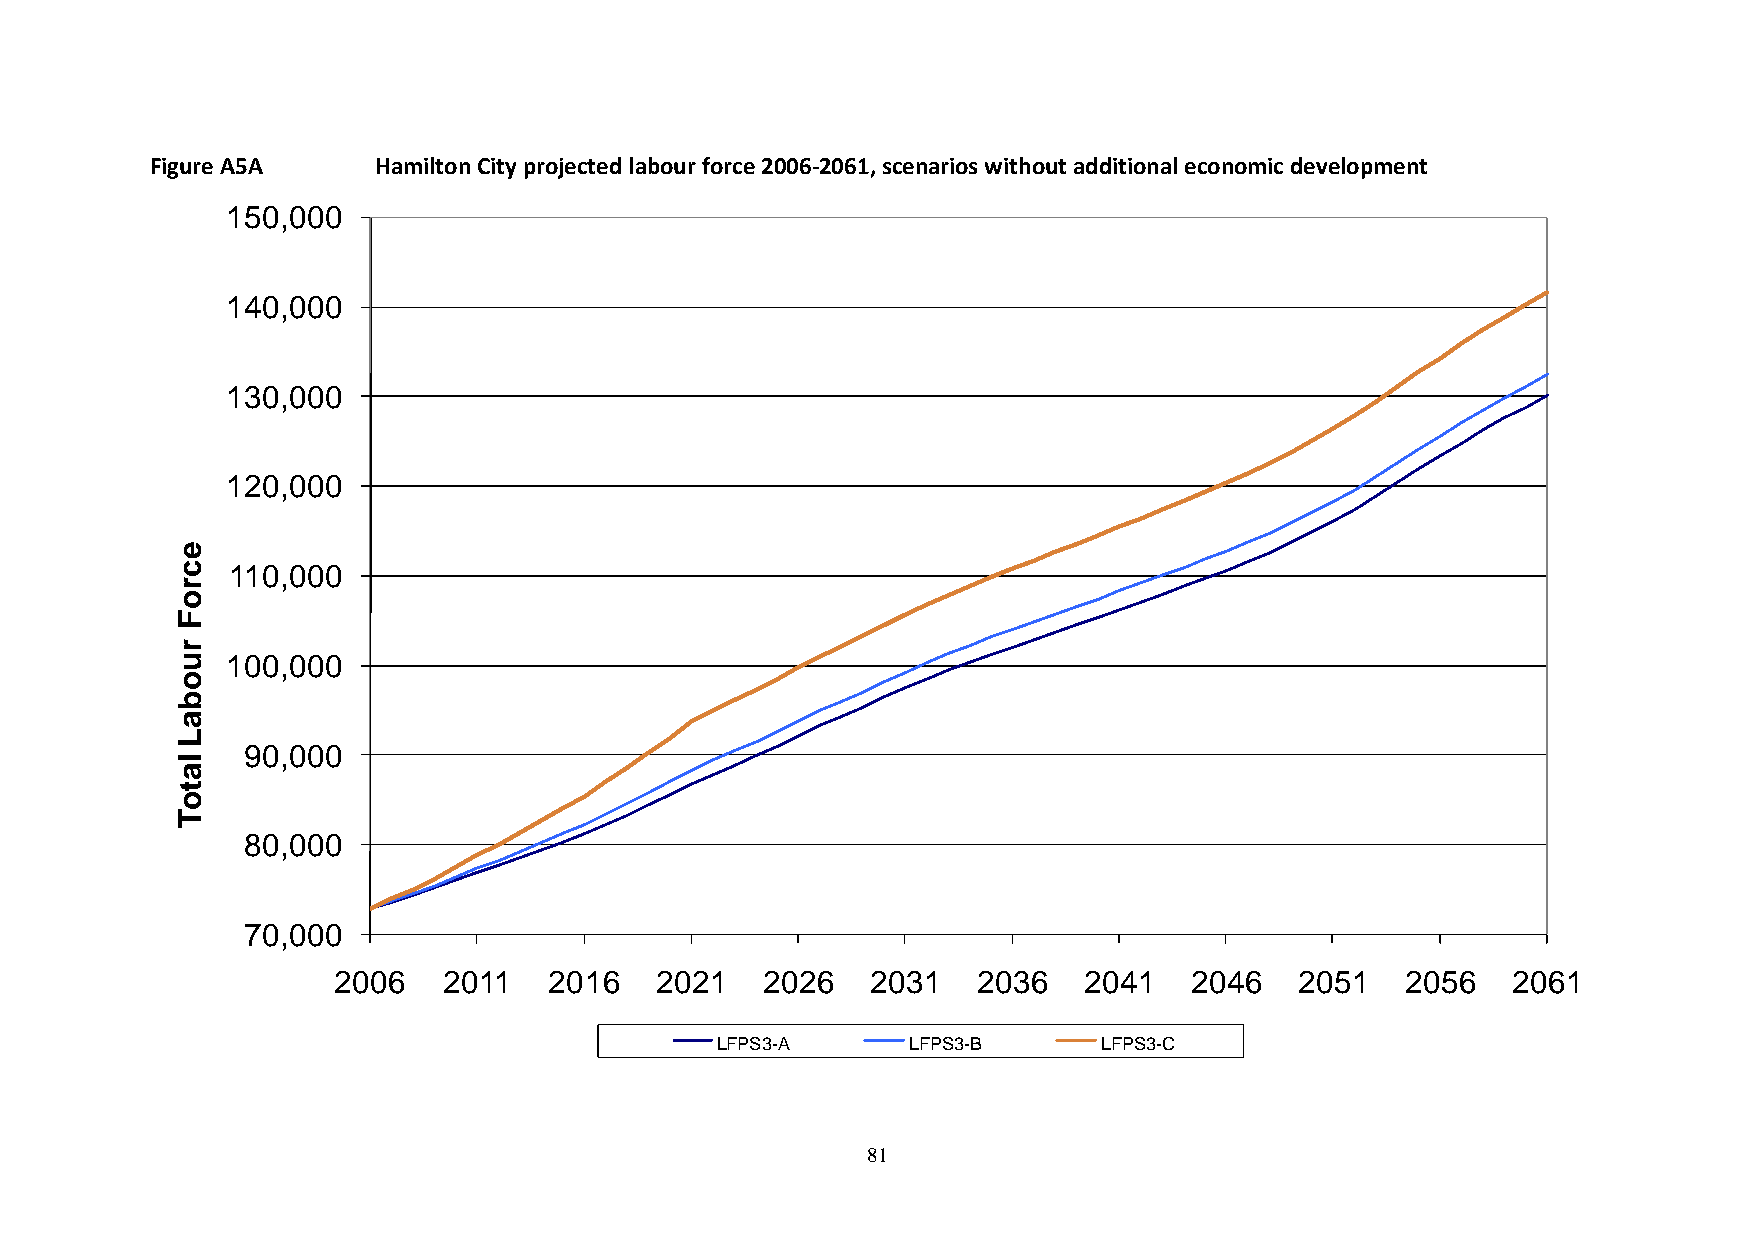
Figure A5A     Hamilton City projected labour force 2006-2061, scenarios without additional economic development
 150,000
 140,000
 130,000
 120,000
 e
 c  110,000
 r
 o
 F
 r
 u  100,000
 o
 b
 a
 L
 90,000
 l
 a
 t
 o
 T
 80,000
 70,000
 2006   2011   2016   2021   2026    2031   2036   2041   2046   2051   2056   2061
 LFPS3-A      LFPS3-B      LFPS3-C
 81